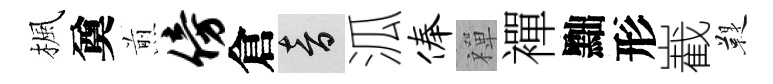
楓奠煎傍倉音泒俸禪襌黜形嶻鞮